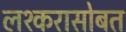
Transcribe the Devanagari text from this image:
लश्करासोबत